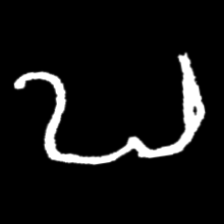
Pyu character \u2014 Myanmar letter: ဎ (romanized: ddha)